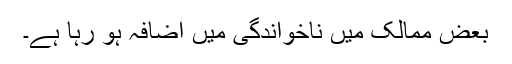
بعض ممالک میں ناخواندگی میں اضافہ ہو رہا ہے۔